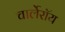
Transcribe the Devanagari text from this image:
चार्लेरॉय